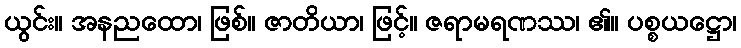
ယွင်း။ အနညထော၊ ဖြစ်။ ဇာတိယာ၊ ဖြင့်။ ဇရာမရဏဿ၊ ၏။ ပစ္စယဋ္ဌော၊